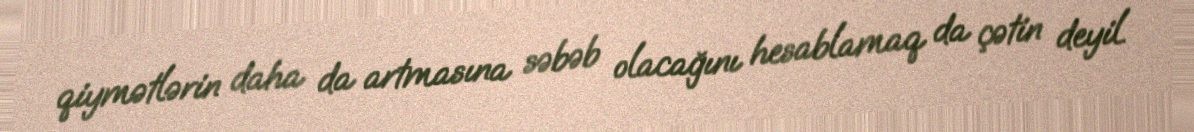
qiymətlərin daha da artmasına səbəb olacağını hesablamaq da çətin deyil.